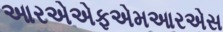
આરએએફએમઆરએસ